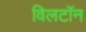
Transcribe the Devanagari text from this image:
विलटॉन